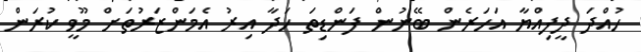
ހުއްދަ ދީފިއްޔާ އަހަރެން ބޭނުން ފަންޑިތަ ހަދާ އިރު އެމަންޒަރުތަށް މޫވީ ކުރަން